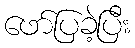
ဖော်ပြခဲ့ပြီး